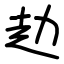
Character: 赲